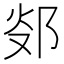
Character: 𨛂